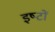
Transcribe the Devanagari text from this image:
इष्‍टों